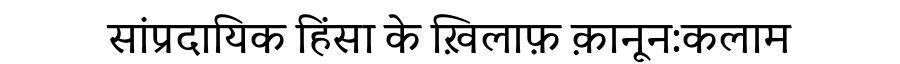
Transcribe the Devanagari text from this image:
सांप्रदायिक हिंसा के ख़िलाफ़ क़ानून:कलाम